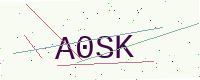
Text: A0SK